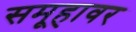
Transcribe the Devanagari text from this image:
समूहावर